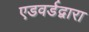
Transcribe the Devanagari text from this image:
एडवर्डद्वारा